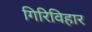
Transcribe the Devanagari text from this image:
गिरिविहार